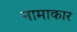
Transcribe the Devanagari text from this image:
नामाकार